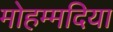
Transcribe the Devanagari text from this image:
मोहम्मदिया